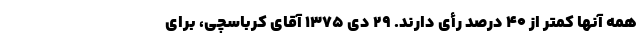
همه آنها کمتر از ۴۰ درصد رأی دارند. ۲۹ دی ۱۳۷۵ آقای کرباسچی، برای